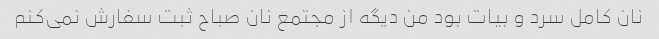
نان کامل سرد و بیات بود من دیگه از مجتمع نان صباح ثبت سفارش نمی‌کنم